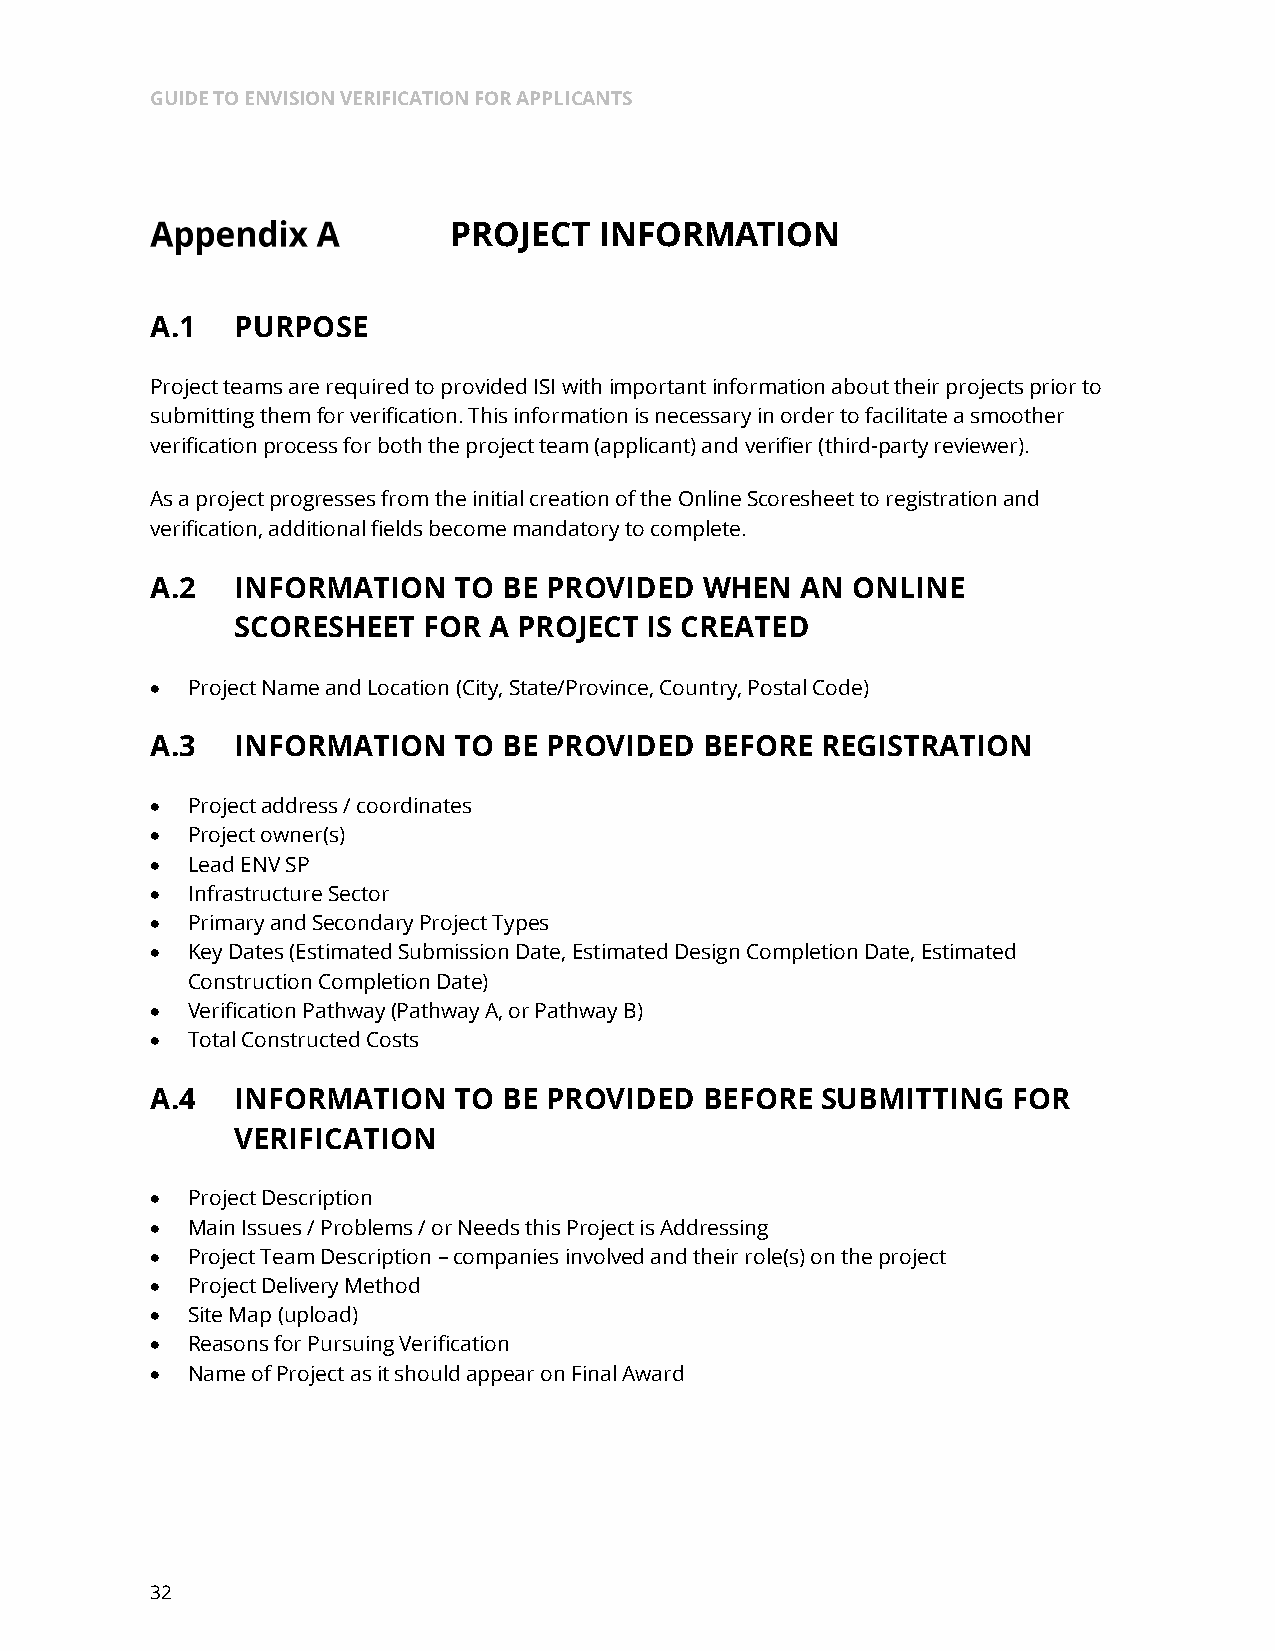
GUIDE TO ENVISION VERIFICATION FOR APPLICANTS
 PROJECT   INFORMATION
 A.1   PURPOSE
 Project teams are required to provided ISI with important information about their projects prior to
 submitting them for verification. This information is necessary in order to facilitate a smoother
 verification process for both the project team (applicant) and verifier (third-party reviewer).
 As a project progresses from the initial creation of the Online Scoresheet to registration and
 verification, additional fields become mandatory to complete.
 A.2   INFORMATION   TO BE PROVIDED   WHEN  AN ONLINE
 SCORESHEET  FOR A PROJECT  IS CREATED
 • Project Name and Location (City, State/Province, Country, Postal Code)
 A.3   INFORMATION   TO BE PROVIDED   BEFORE REGISTRATION
 • Project address / coordinates
 • Project owner(s)
 • Lead ENV SP
 • Infrastructure Sector
 • Primary and Secondary Project Types
 • Key Dates (Estimated Submission Date, Estimated Design Completion Date, Estimated
 Construction Completion Date)
 • Verification Pathway (Pathway A, or Pathway B)
 • Total Constructed Costs
 A.4   INFORMATION   TO BE PROVIDED   BEFORE SUBMITTING   FOR
 VERIFICATION
 • Project Description
 • Main Issues / Problems / or Needs this Project is Addressing
 • Project Team Description – companies involved and their role(s) on the project
 • Project Delivery Method
 • Site Map (upload)
 • Reasons for Pursuing Verification
 • Name of Project as it should appear on Final Award
 32